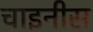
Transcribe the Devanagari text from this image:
चाइनीस